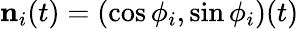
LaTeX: \mathbf{n}_{i}(t)=(\cos\phi_{i},\sin\phi_{i})(t)